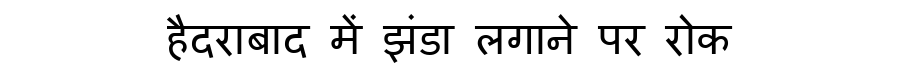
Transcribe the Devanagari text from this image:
हैदराबाद में झंडा लगाने पर रोक